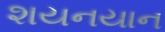
શયનયાન